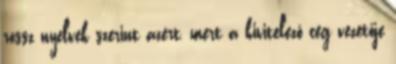
rossz nyelvek szerint azért, mert a kivitelező cég vezetője